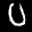
Label: 0